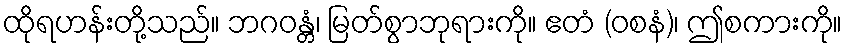
ထိုရဟန်းတို့သည်။ ဘဂဝန္တံ၊ မြတ်စွာဘုရားကို။ ဧတံ (ဝစနံ)၊ ဤစကားကို။